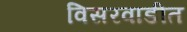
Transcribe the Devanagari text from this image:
विसरवाडीत